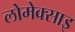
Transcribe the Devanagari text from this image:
लोमेक्साइ